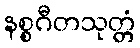
နစ္စဂီတသုတ္တံ